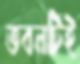
ভবনটিই